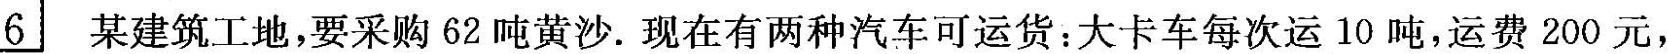
6 某建筑工地，要采购62吨黄沙。现在有两种汽车可运货：大卡车每次运10吨，运费200元，